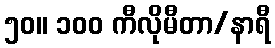
၅၀။ ၁၀၀ ကီလိုမီတာ/နာရီ